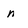
Character: n